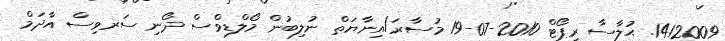
1412009. ޙުލާސާ ރިޕޯޓް 2010-07-19 މުސާރަ/އިނާޔަތް ނުލިބުން މޯލްޑިވްސް ދޯނި ސަރވިސް އާދަމް